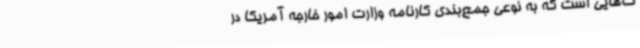
ت‌هایی است که به نوعی جمع‌بندی کارنامه وزارت امور خارجه آمریکا در